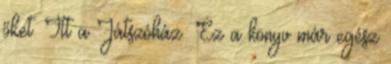
őket. Itt a Játszóház: Ez a könyv már egész